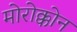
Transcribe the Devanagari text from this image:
मोरोक्कोन